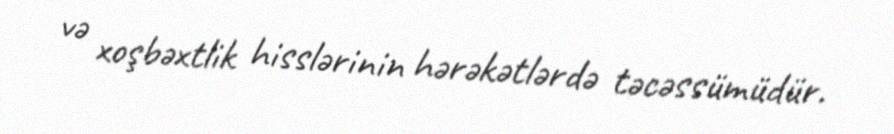
və xoşbəxtlik hisslərinin hərəkətlərdə təcəssümüdür.